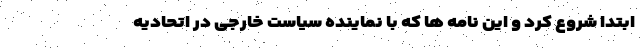
ابتدا شروع کرد و این نامه ها که با نماینده سیاست خارجی در اتحادیه